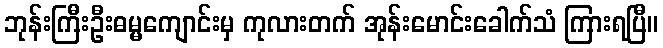
ဘုန်းကြီးဦးဓမ္မကျောင်းမှ ကုလားတက် အုန်းမောင်းခေါက်သံ ကြားရပြီ။